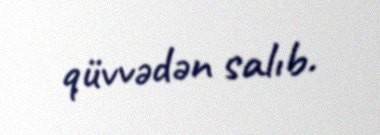
qüvvədən salıb.